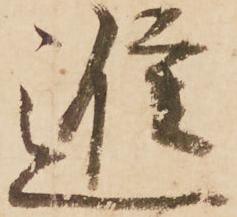
進